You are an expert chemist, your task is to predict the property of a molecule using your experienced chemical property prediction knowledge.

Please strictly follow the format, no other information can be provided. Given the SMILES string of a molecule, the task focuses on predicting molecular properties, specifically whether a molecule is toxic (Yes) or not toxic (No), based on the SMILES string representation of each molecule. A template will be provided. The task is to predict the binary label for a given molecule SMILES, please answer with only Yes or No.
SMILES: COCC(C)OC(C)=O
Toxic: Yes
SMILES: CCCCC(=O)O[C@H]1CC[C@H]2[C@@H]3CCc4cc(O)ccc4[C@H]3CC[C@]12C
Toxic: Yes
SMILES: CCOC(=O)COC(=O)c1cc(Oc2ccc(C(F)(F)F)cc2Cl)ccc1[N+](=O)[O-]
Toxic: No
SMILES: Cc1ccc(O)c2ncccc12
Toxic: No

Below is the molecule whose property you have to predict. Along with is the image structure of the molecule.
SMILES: FC(F)OC(Cl)C(F)(F)F
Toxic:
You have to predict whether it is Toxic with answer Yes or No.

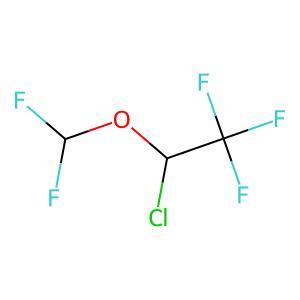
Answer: No